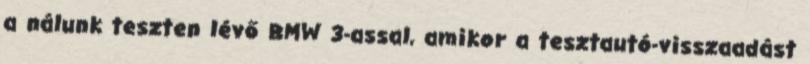
a nálunk teszten lévő BMW 3-assal, amikor a tesztautó-visszaadást